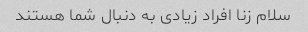
سلام زنا افراد زیادی به دنبال شما هستند